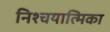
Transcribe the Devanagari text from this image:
निश्चयात्मिका